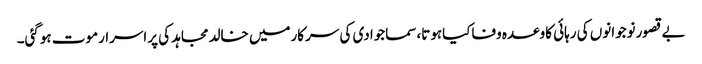
بے قصورنوجوانوں کی رہائی کاوعدہ وفاکیاہوتا،سماجوادی کی سرکارمیں خالدمجاہد کی پراسرارموت ہوگئی۔